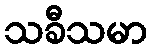
သခီသမာ